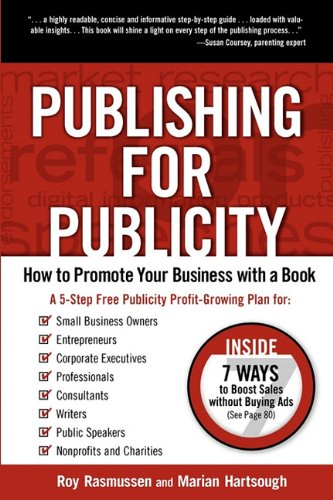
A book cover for Publishing for Publicity: How to Promote Your Business with a Book; Roy Rasmussen; Computers & Technology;